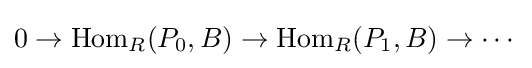
0\to \operatorname {Hom} _{R}(P_{0},B)\to \operatorname {Hom} _{R}(P_{1},B)\to \cdots